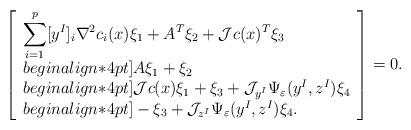
LaTeX: \begin{align*}\left[\begin{array}{l}\displaystyle \sum_{i=1}^p [y^I]_i\nabla^2c_i(x)\xi_1+A^T\xi_2 +{\cal J}c(x)^T\xi_3\\begin{align*}4pt]A\xi_1+\xi_2\\begin{align*}4pt]{\cal J}c(x)\xi_1+\xi_3+{\cal J}_{y^I}\Psi_{\varepsilon}(y^I,z^I) \xi_4\\begin{align*}4pt]-\xi_3+ {\cal J}_{z^I}\Psi_{\varepsilon}(y^I,z^I)\xi_4.\end{array}\right]=0.\end{align*}